Piroplasma canis and its life cycle in the tick - Number 29
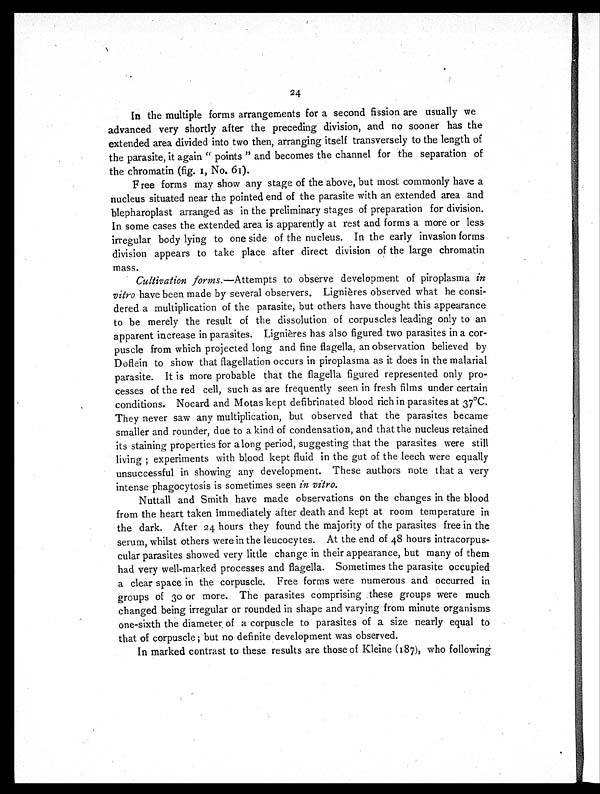
24
In the multiple forms arrangements for a second fission are usually we
advanced very shortly after the preceding division, and no sooner has the
extended area divided into two then, arranging itself transversely to the length of
the parasite, it again "points" and becomes the channel for the separation of
the chromatin (fig. 1, No. 61).
Free forms may show any stage of the above, but most commonly have a
nucleus situated near the pointed end of the parasite with an extended area and
blepharoplast arranged as in the preliminary stages of preparation for division.
In some cases the extended area is apparently at rest and forms a more or less
irregular body lying to one side of the nucleus. In the early invasion forms
division appears to take place after direct division of the large chromatin
mass.
Cultivation forms. —Attempts to observe development of piroplasma in
vitro have been made by several observers. Lignières observed what he consi-
dered a multiplication of the parasite, but others have thought this appearance
to be merely the result of the dissolution of corpuscles leading only to an
apparent increase in parasites. Lignières has also figured two parasites in a cor-
puscle from which projected long and fine flagella, an observation believed by
Doflein to show that flagellation occurs in piroplasma as it does in the malarial
parasite. It is more probable that the flagella figured represented only pro-
cesses of the red cell, such as are frequently seen in fresh films under certain
conditions. Nocard and Motas kept defibrinated blood rich in parasites at 37°C.
They never saw any multiplication, but observed that the parasites became
smaller and rounder, due to a kind of condensation, and that the nucleus retained
its staining properties for a long period, suggesting that the parasites were still
living ; experiments with blood kept fluid in the gut of the leech were equally
unsuccessful in showing any development. These authors note that a very
intense phagocytosis is sometimes seen in vitro.
Nuttall and Smith have made observations on the changes in the blood
from the heart taken immediately after death and kept at room temperature in
the dark. After 24 hours they found the majority of the parasites free in the
serum, whilst others were in the leucocytes. At the end of 48 hours intracorpus-
cular parasites showed very little change in their appearance, but many of them
had very well-marked processes and flagella. Sometimes the parasite occupied
a clear space in the corpuscle. Free forms were numerous and occurred in
groups of 30 or more. The parasites comprising these groups were much
changed being irregular or rounded in shape and varying from minute organisms
one-sixth the diameter of a corpuscle to parasites of a size nearly equal to
that of corpuscle ; but no definite development was observed.
In marked contrast to these results are those of Kleine (187), who following